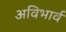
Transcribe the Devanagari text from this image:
अविभार्व